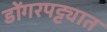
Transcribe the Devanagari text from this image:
डोंगरपट्ट्यात